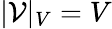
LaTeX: |{\mathcal{V}}|_{V}=V